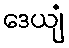
ဒေယျံ